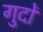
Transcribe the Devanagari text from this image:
गुदों